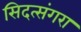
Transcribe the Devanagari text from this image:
सिदत्संगरा